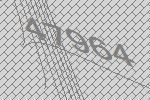
47964